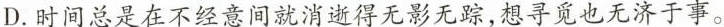
D.时间总是在不经意间就消逝得无影无踪，想寻觅也无济于事。